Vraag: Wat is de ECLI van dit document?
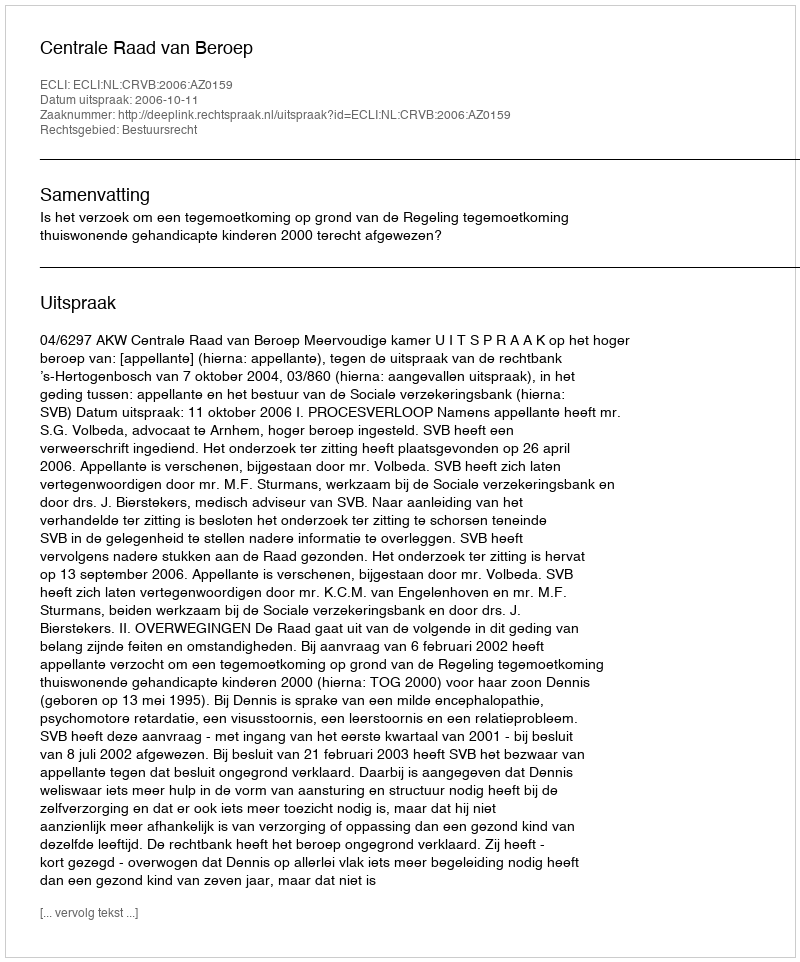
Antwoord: ECLI:NL:CRVB:2006:AZ0159